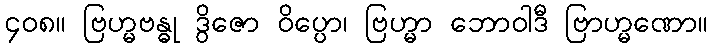
၄၀၈။ ဗြဟ္မဗန္ဓု ဒွိဇော ဝိပ္ပော၊ ဗြဟ္မာ ဘောဝါဒီ ဗြာဟ္မဏော။